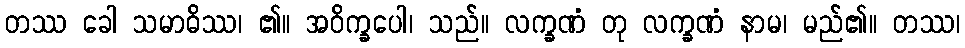
တဿ ခေါ သမာဓိဿ၊ ၏။ အဝိက္ခပေါ၊ သည်။ လက္ခဏံ တု လက္ခဏံ နာမ၊ မည်၏။ တဿ၊